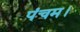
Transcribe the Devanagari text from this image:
पंचम।